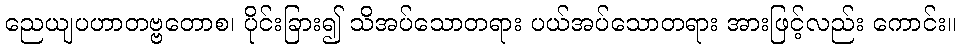
ညေယျပဟာတဗ္ဗတောစ၊ ပိုင်းခြား၍ သိအပ်သောတရား ပယ်အပ်သောတရား အားဖြင့်လည်း ကောင်း။